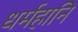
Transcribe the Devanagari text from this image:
धर्महानि